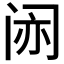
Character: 𫔱